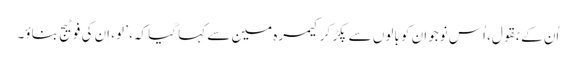
اُن کے بقول، اُس نوجوان کو بالوں سے پکڑ کر کیمرہ مین سے کہا گیا کہ، ’ لو، اِن کی فوٹیج بناؤ۔